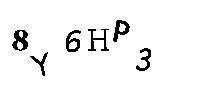
8Y6HP3